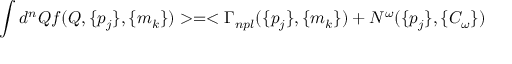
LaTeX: \int d ^ { n } Q f ( Q , \{ p _ { j } \} , \{ m _ { k } \} ) > = < \Gamma _ { n p l } ( \{ p _ { j } \} , \{ m _ { k } \} ) + N ^ { \omega } ( \{ p _ { j } \} , \{ C _ { \omega } \} )